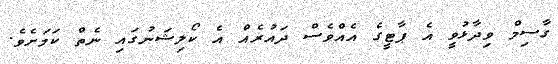
ގާސިމް ވިދާޅުވީ އެ ޕާޓީގެ އެއްވެސް ދައުރެއް އެ ކޯލިޝަނުގައި ނެތް ކަމަށެވެ.